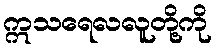
ဣသရေလလူတို့ကို